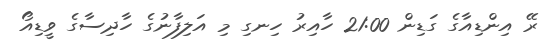
ރޭ އިންޑިއާގެ ގަޑިން 21:00 ހާއިރު ހިނގި މި އަލިފާނުގެ ހާދިސާގެ ވީޑިއޯ